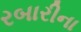
રબારીના